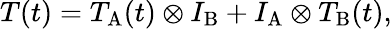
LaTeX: \begin{array}{r}{T(t)=T_{\mathrm{A}}(t)\otimes I_{\mathrm{B}}+I_{\mathrm{A}}\otimes T_{\mathrm{B}}(t),}\end{array}